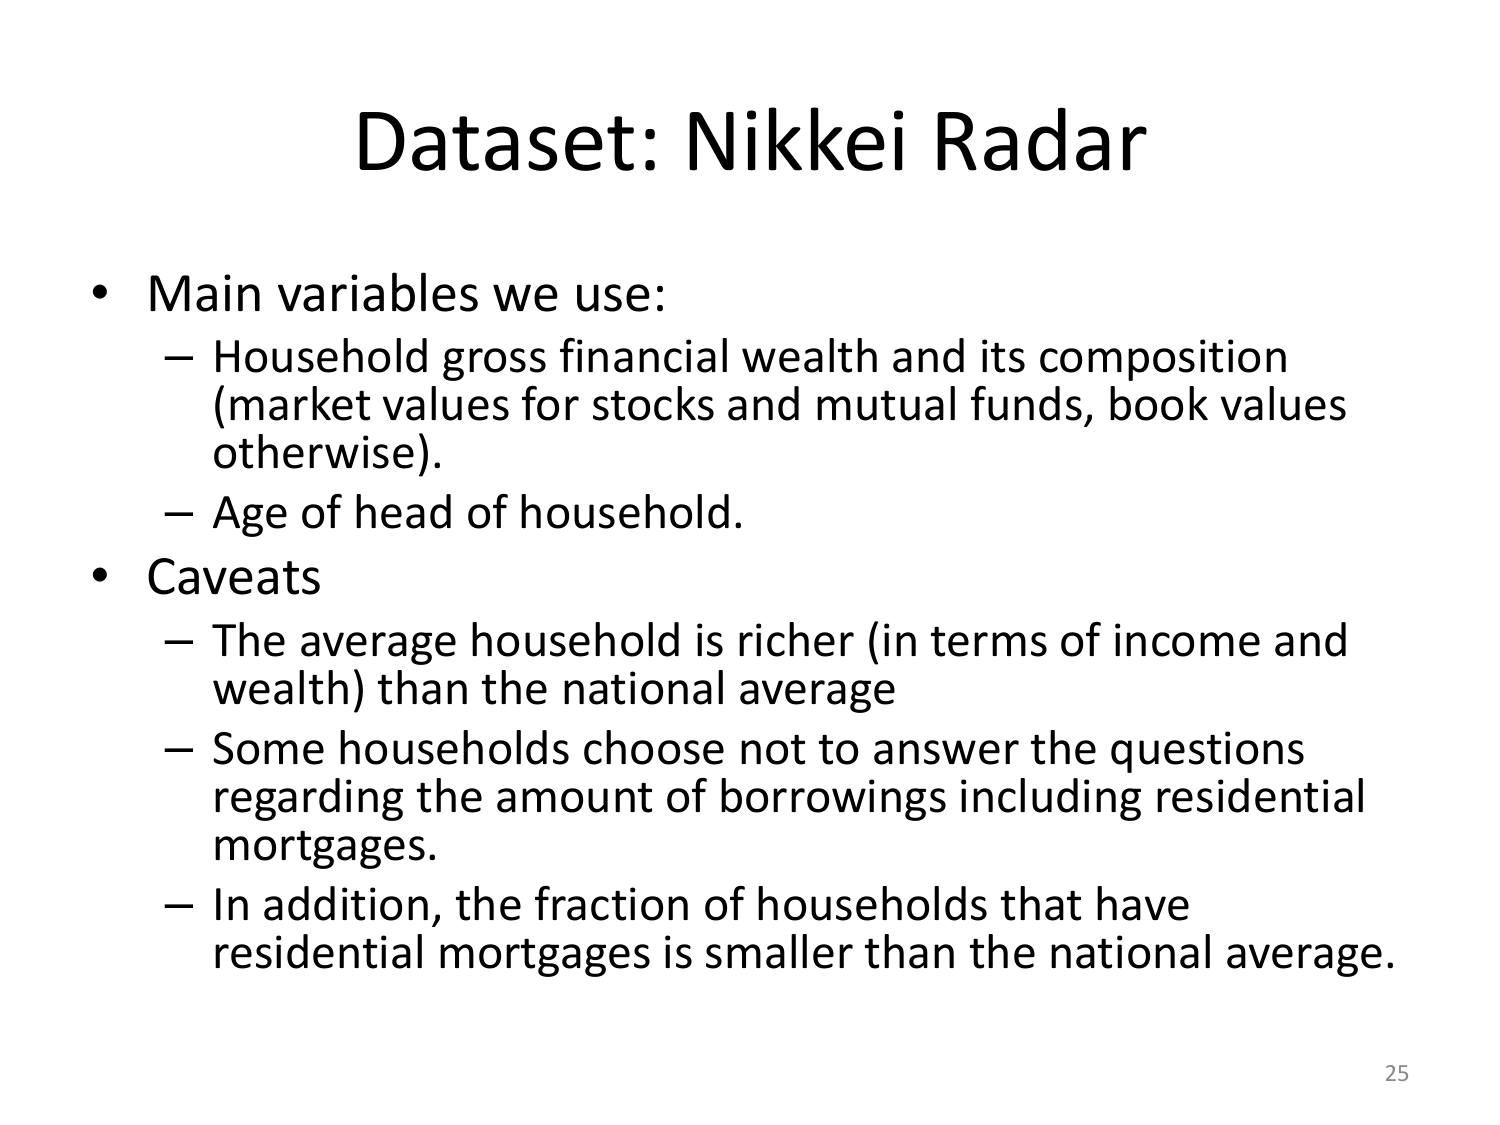
Dataset: Nikkei Radar

• Main variables we use:
– Household gross financial wealth and its composition (market values for stocks and mutual funds, book values otherwise).
– Age of head of household.

• Caveats
– The average household is richer (in terms of income and wealth) than the national average
– Some households choose not to answer the questions regarding the amount of borrowings including residential mortgages.
– In addition, the fraction of households that have residential mortgages is smaller than the national average.

25